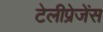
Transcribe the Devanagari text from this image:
टेलीप्रेजेंस